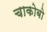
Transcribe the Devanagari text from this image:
चाकोबो